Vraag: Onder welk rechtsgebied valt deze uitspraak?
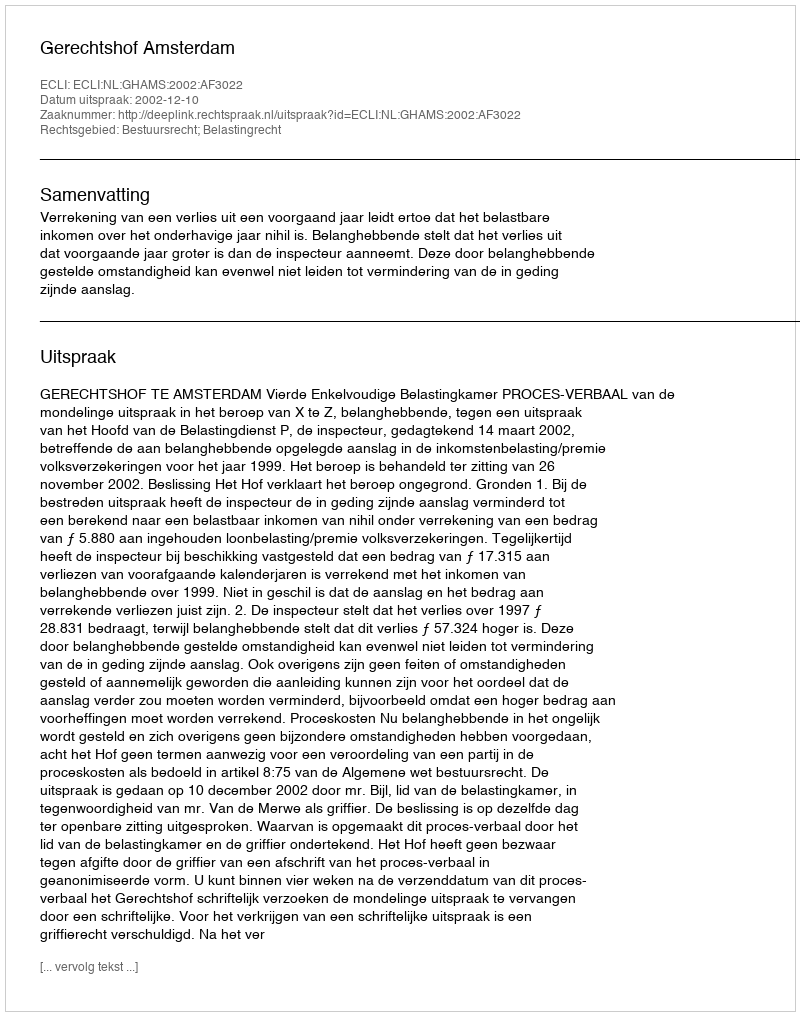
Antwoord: Bestuursrecht; Belastingrecht